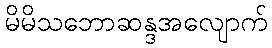
မိမိသဘောဆန္ဒအလျောက်